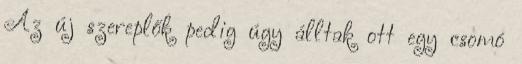
Az új szereplők pedig úgy álltak ott egy csomó